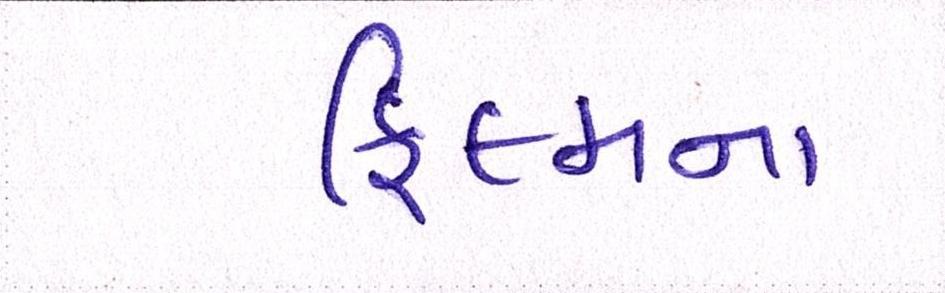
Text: ફિલ્મના